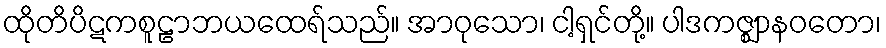
ထိုတိပိဋကစူဠာဘယထေရ်သည်။ အာဝုသော၊ ငါ့ရှင်တို့။ ပါဒကဇ္ဈာနဝတော၊